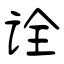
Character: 诠